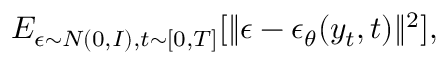
E _ { \epsilon \sim N ( 0 , I ) , t \sim [ 0 , T ] } [ \| \epsilon - \epsilon _ { \theta } ( y _ { t } , t ) \| ^ { 2 } ] ,